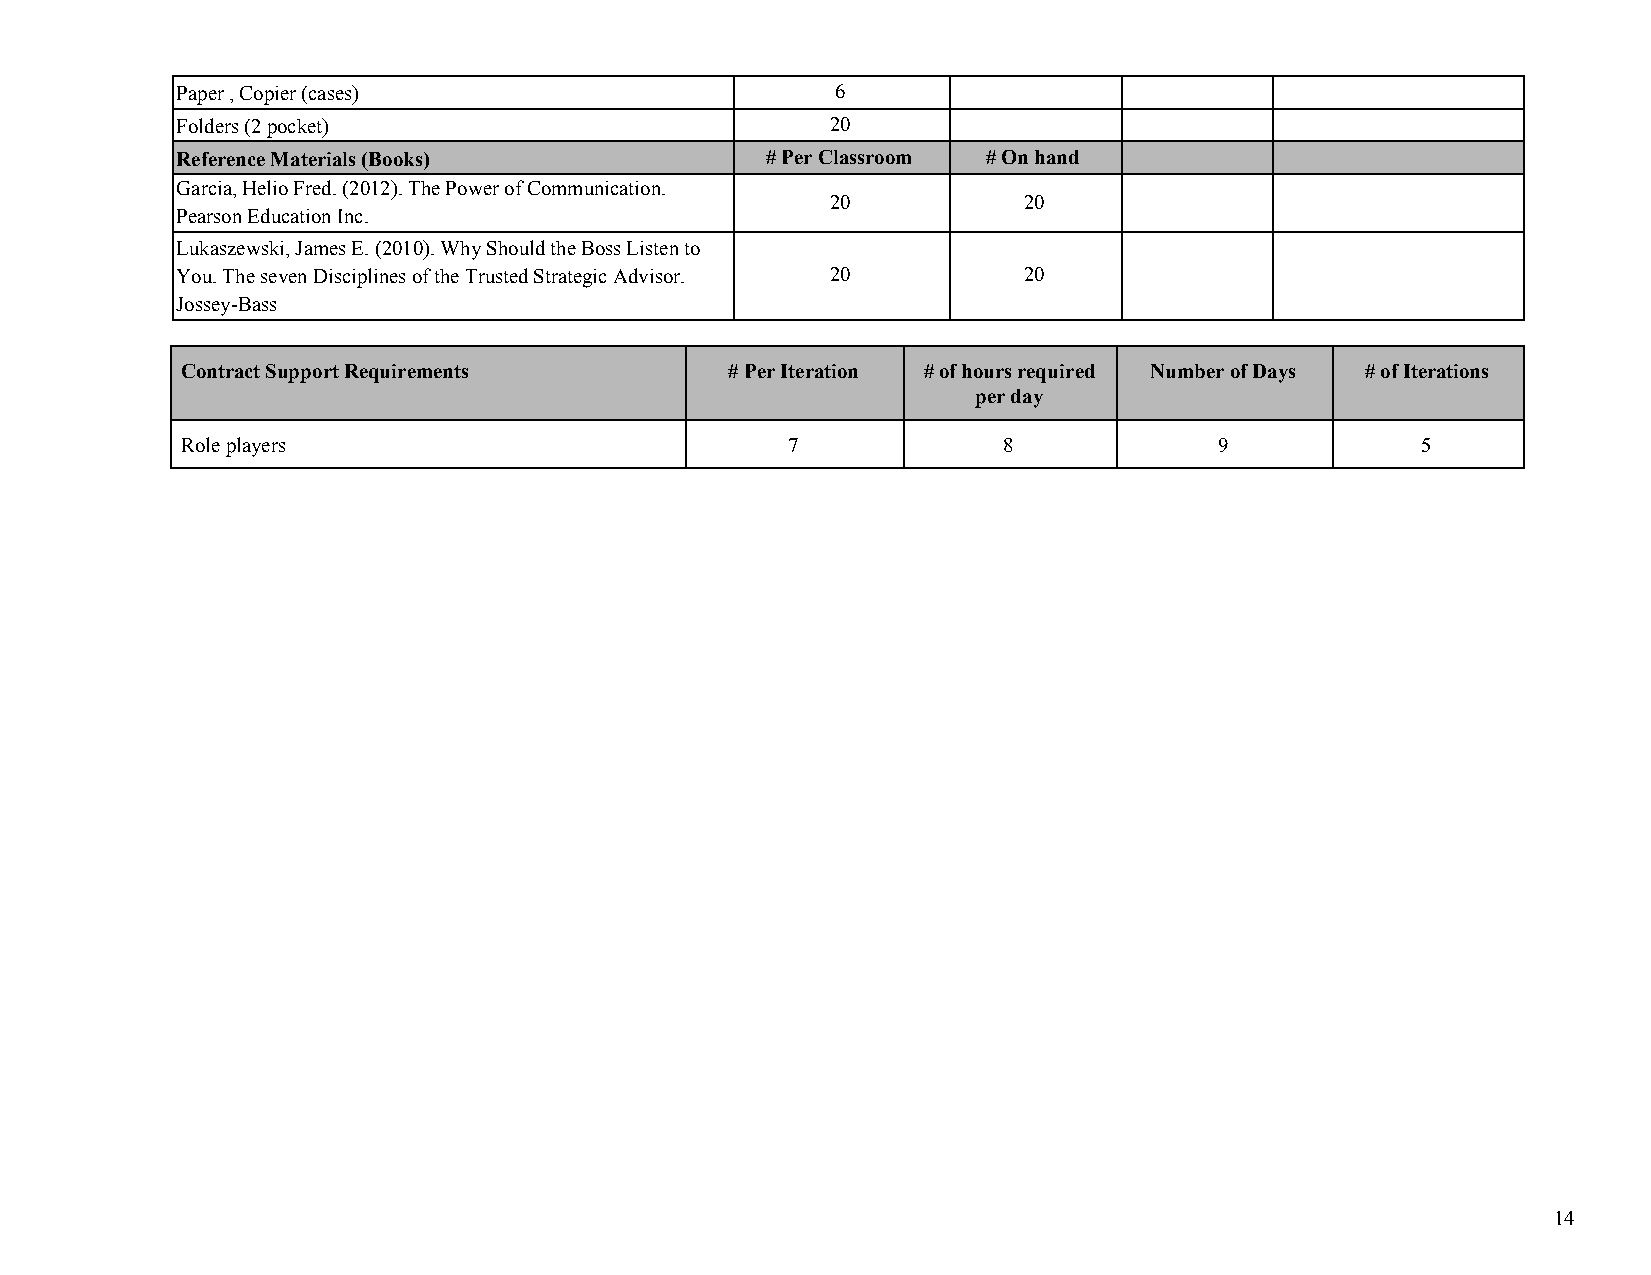
Paper , Copier (cases)                     6
 Folders (2 pocket)                         20
 Reference Materials (Books)            # Per Classroom # On hand
 Garcia, Helio Fred. (2012). The Power of Communication.
 20           20
 Pearson Education Inc.
 Lukaszewski, James E. (2010). Why Should the Boss Listen to
 You. The seven Disciplines of the Trusted Strategic Advisor. 20 20
 Jossey-Bass
 Contract Support Requirements       # Per Iteration # of hours required Number of Days # of Iterations
 per day
 Role players                            7             8              9            5
 14